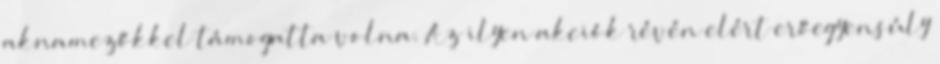
aknamezőkkel támogatta volna. Az ilyen akciók révén elért erőegyensúly